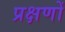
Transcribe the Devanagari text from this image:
प्रक्षणों